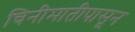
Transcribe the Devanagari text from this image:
चिनीमातीपासून